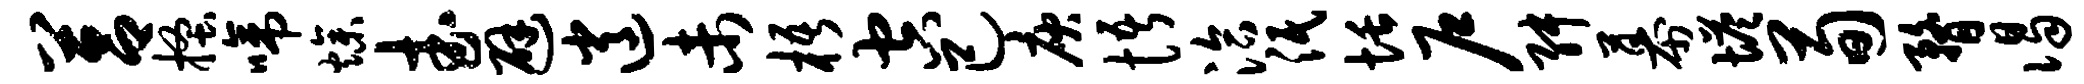
莒搔啼燥武避逍未梧空己庾悟洽泯恬户舛幕塔荀瞀谒